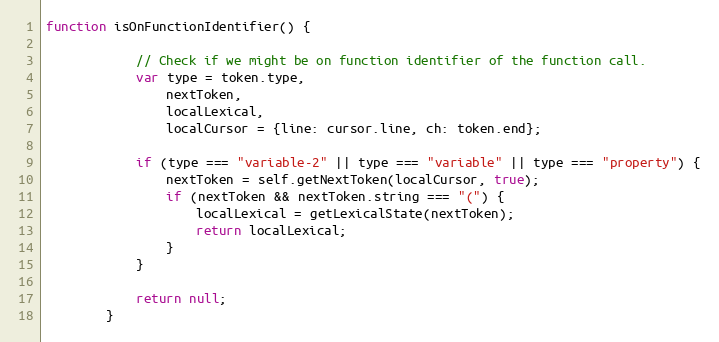
Language: JavaScript
function isOnFunctionIdentifier() {

            // Check if we might be on function identifier of the function call.
            var type = token.type,
                nextToken,
                localLexical,
                localCursor = {line: cursor.line, ch: token.end};

            if (type === "variable-2" || type === "variable" || type === "property") {
                nextToken = self.getNextToken(localCursor, true);
                if (nextToken && nextToken.string === "(") {
                    localLexical = getLexicalState(nextToken);
                    return localLexical;
                }
            }

            return null;
        }